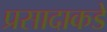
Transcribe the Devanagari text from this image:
प्रसादाकडे